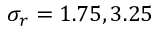
\sigma _ { r } = 1 . 7 5 , 3 . 2 5